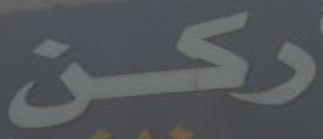
ركن